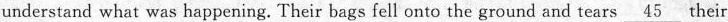
understand what was happening. Their bags fell onto the ground and tears \underline{45} their